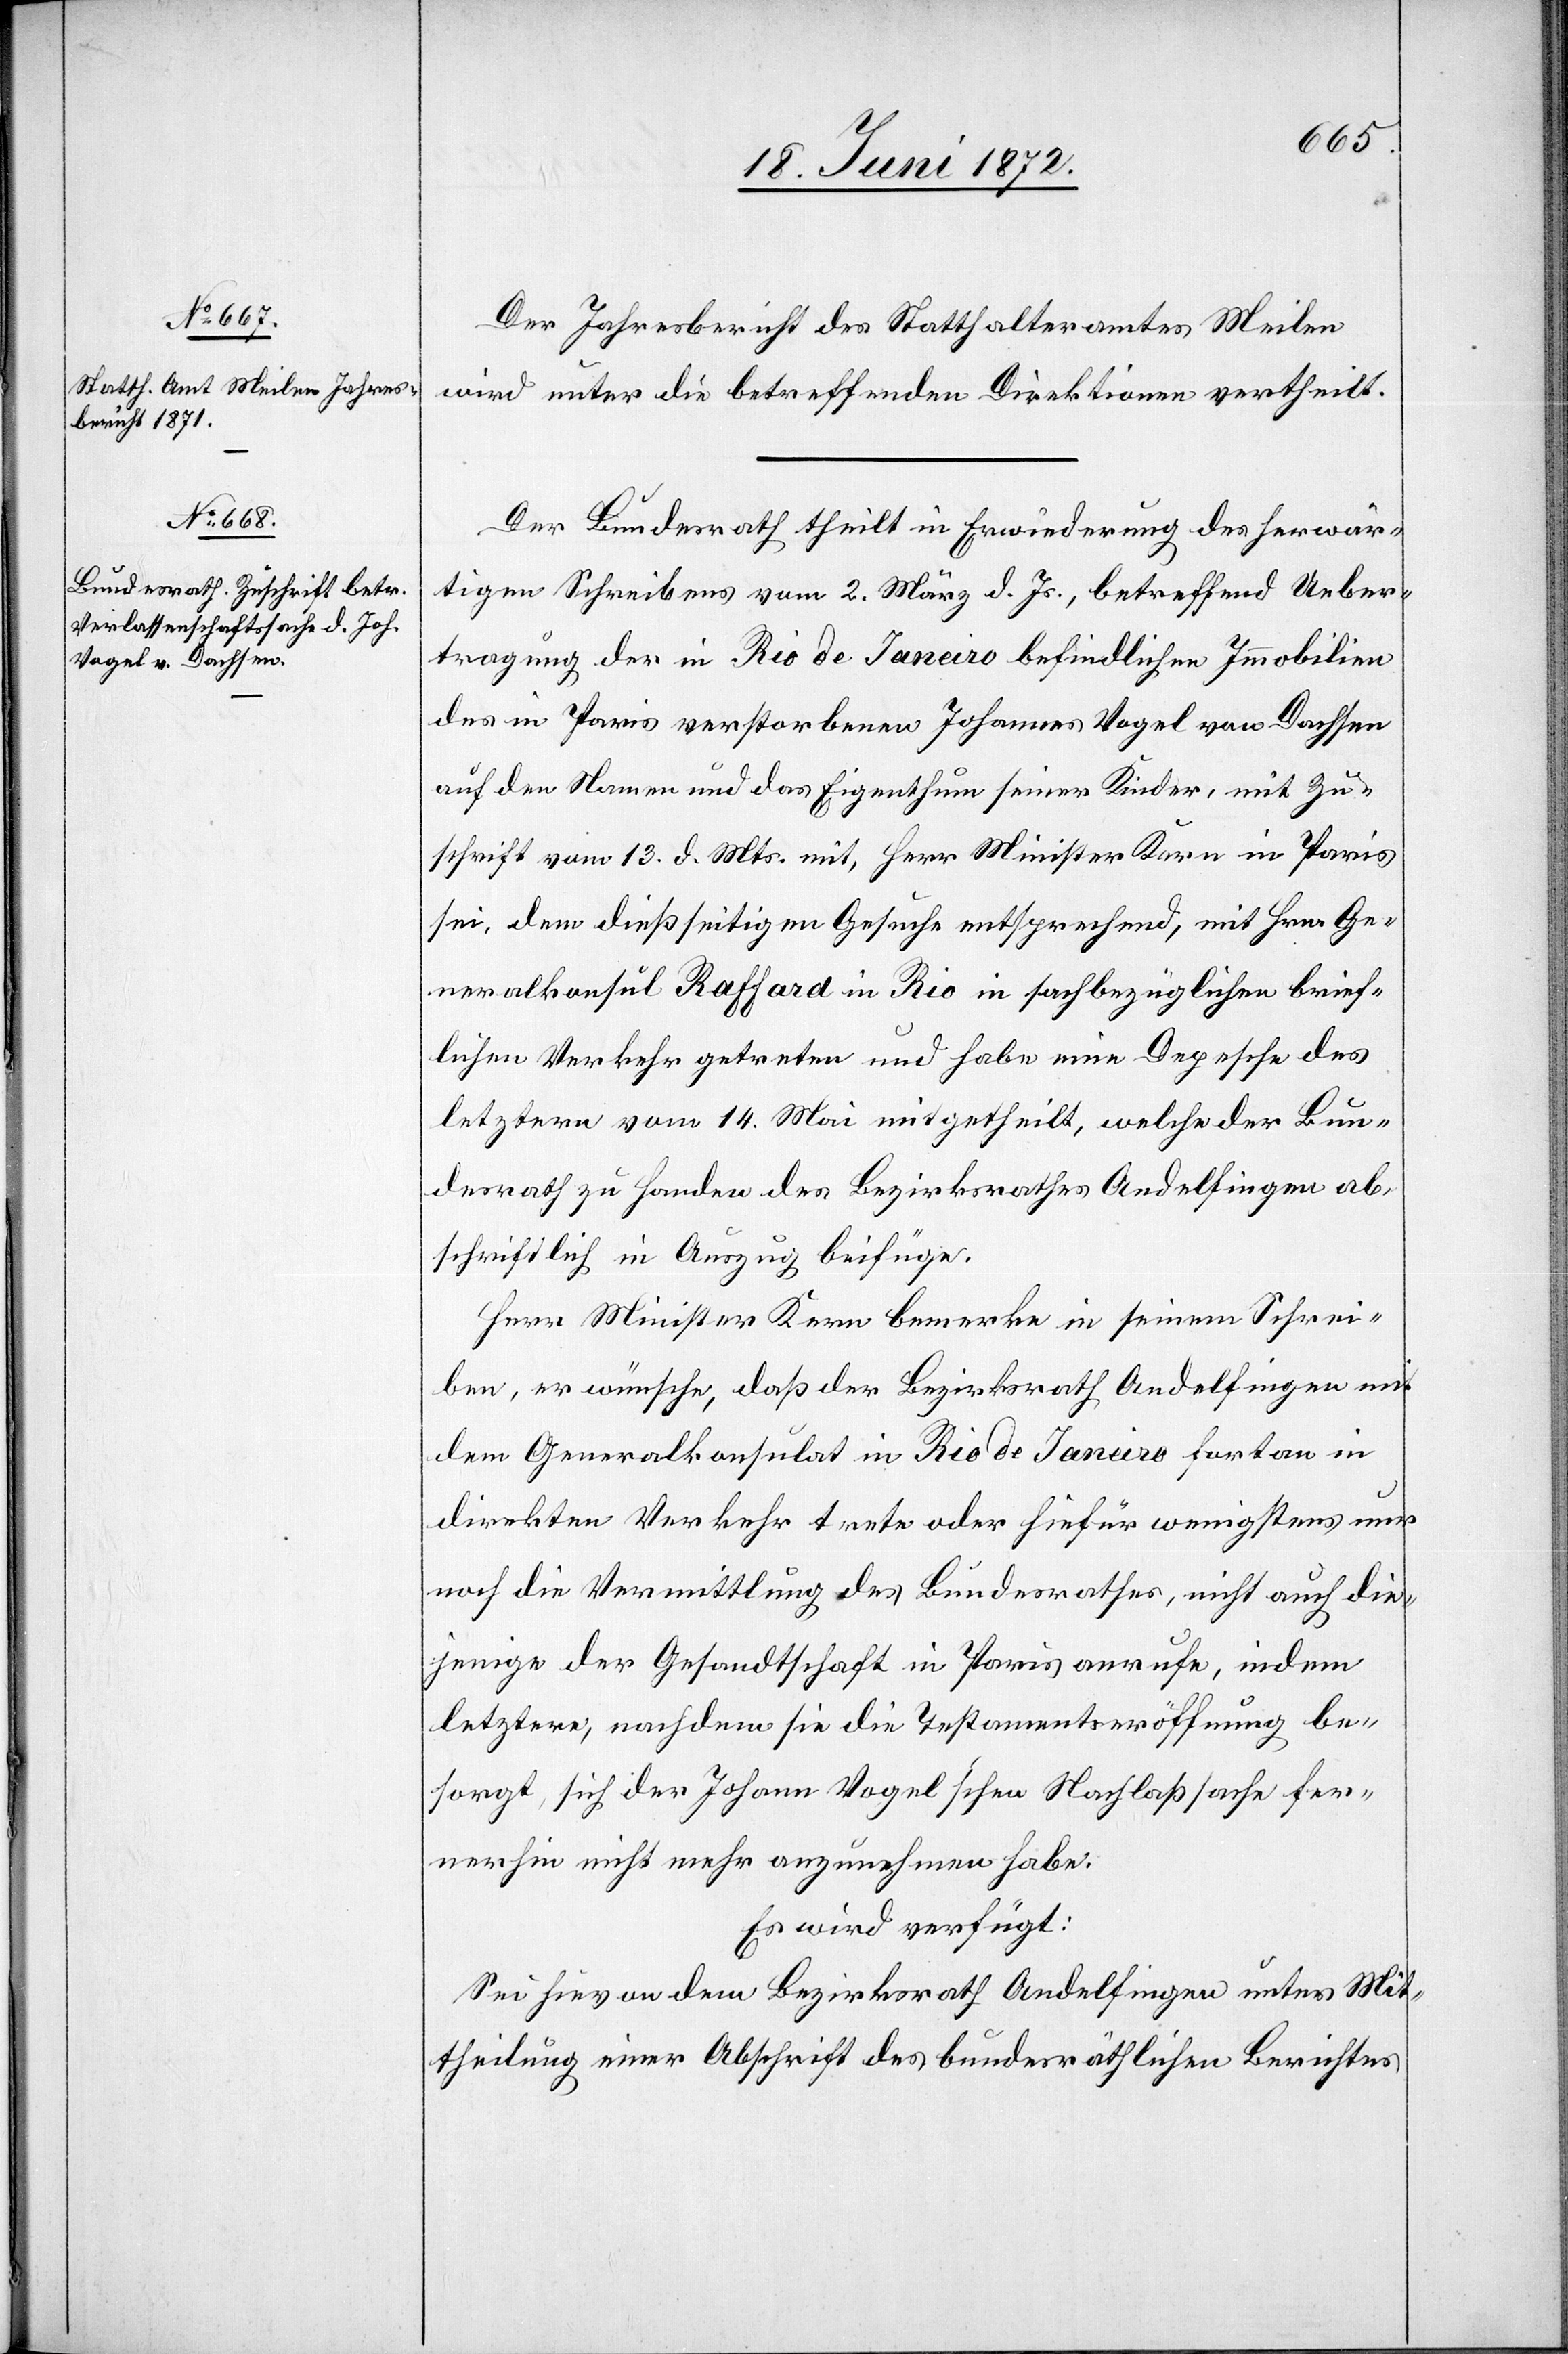
18. Juni 1872.]
Der Jahresbericht des Statthalteramtes Meilen
wird unter die betreffenden Direktionen vertheilt.
Der Bundesrath theilt in Erwiederung des herwär¬
tigen Schreibens vom 2. März d. Js., betreffend Ueber¬
tragung der in Rio de Janeiro befindlichen Immobilien
des in Paris verstorbenen Johannes Vogel von Dachsen
auf den Namen und das Eigenthum seiner Kinder, mit Zu¬
schrift vom 13. d. Mts. mit, Herr Minister Kern in Paris
sei, dem dießseitigen Gesuche entsprechend, mit Hrn. Ge¬
neralkonsul Raffard in Rio in sachbezüglichen brief¬
lichen Verkehr getreten und habe eine Depesche des
letztern vom 14. Mai mitgetheilt, welche der Bun¬
desrath zu Handen des Bezirksrathes Andelfingen ab¬
schriftlich in Auszug beifüge.
Herr Minister Kern bemerke in seinem Schrei¬
ben, er wünsche, daß der Bezirksrath Andelfingen mit
dem Generalkonsulat in Rio de Janeiro fortan in
direkten Verkehr trete oder hiefür wenigstens nur
noch die Vermittlung des Bundesrathes, nicht auch die¬
jenige der Gesandtschaft in Paris anrufe, indem
letztere, nachdem sie die Testamentseröffnung be¬
sorgt, sich der Johann Vogel’schen Nachlaßsache fer¬
nerhin nicht mehr anzunehmen habe.
Es wird verfügt:
Sei hievon dem Bezirksrath Andelfingen unter Mit¬
theilung einer Abschrift des bundesräthlichen Berichtes